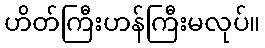
ဟိတ်ကြီးဟန်ကြီးမလုပ်။